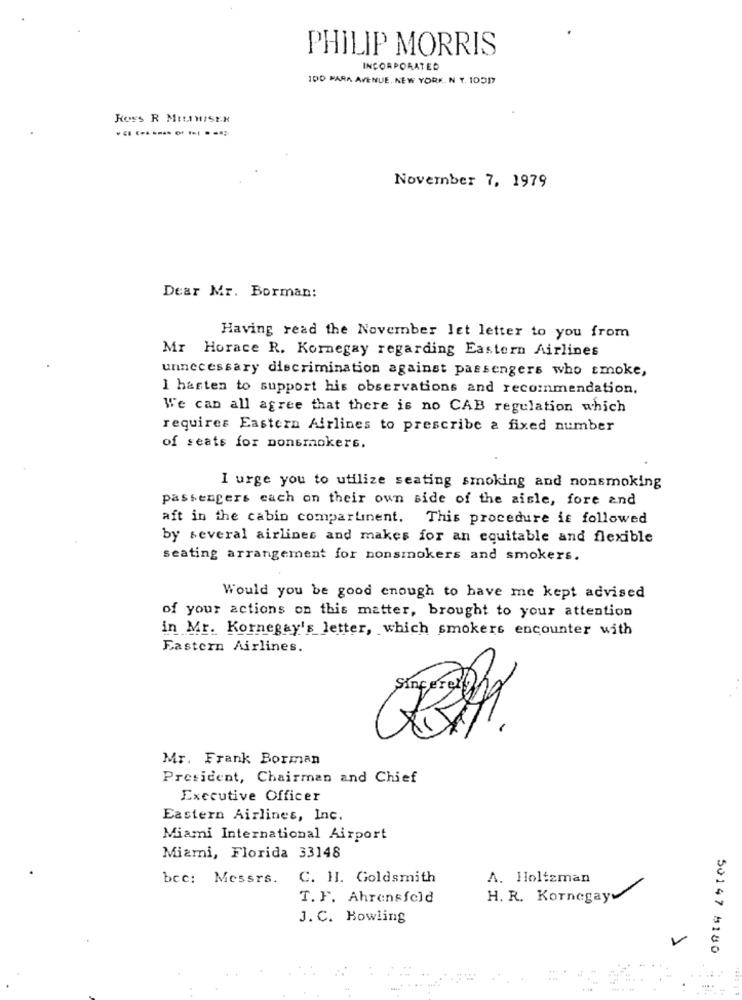
PHILIP MORRIS
INCORPORATED
100 PARA AVENUE. NEW YORK. N Y. 10017
Koss R MILTHISEN
November 7, 1979
Dear Mr. Borman:
Having read the November let letter to you from
Mr Horace R. Kornegay regarding Eastern Airlines
unnecessary discrimination against passengers who smoke,
I hasten to support his observations and recommendation.
We can all agree that there is no CAB regulation which
requires Eastern Airlines to prescribe a fixed number
of seats for nonsmokers.
I urge you to utilize seating smoking and nonsmoking
passengers each on their oun side of the aisle, fore and
aft in the cabin compartinent. This procedure is followed
by several airlines and makes for an equitable and flexible
seating arrangement for nonsmokers and smokers.
Would you be good enough to have me kept advised
of your actions on this matter, brought to your attention
in Mr. Kornegay's letter, which smokers encounter with
Eastern Airlines.
Mr. Frank Borman
President, Chairman and Chief
Executive Officer
Eastern Airlines, Inc.
Miami International Airport
Miami, Florida 33148
bcc: Messrs.
C. H. Goldsmith
A. Holtzman
T. F. Ahrensfeld
H. R. Kornegayy
J. C. Bowling
50147 5180